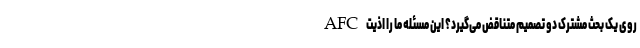
AFC روی یک بحث مشترک دو تصمیم متناقض می‌گیرد؟ این مسئله ما را اذیت